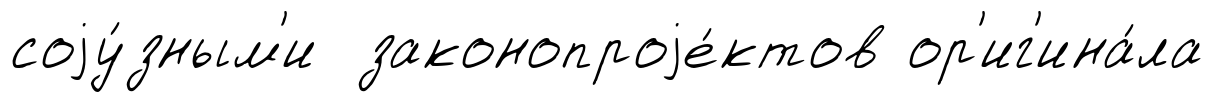
соjу́зным'и законопроjе́ктов ор'иг'ина́ла